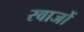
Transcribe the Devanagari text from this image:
रवाजों